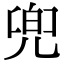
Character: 兜